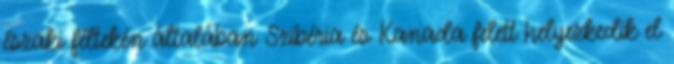
északi féltekén általában Szibéria és Kanada felett helyezkedik el